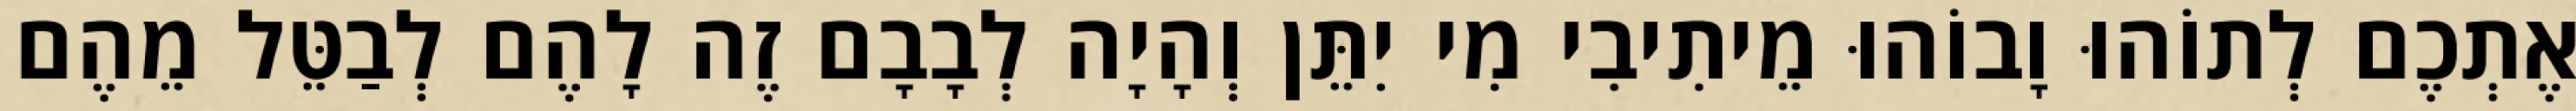
אֶתְכֶם לְתוֹהוּ וָבוֹהוּ מֵיתִיבִי מִי יִתֵּן וְהָיָה לְבָבָם זֶה לָהֶם לְבַטֵּל מֵהֶם